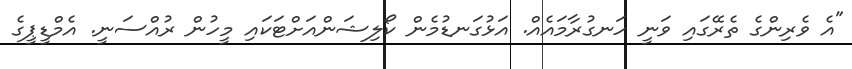
"އެ ވެރިންގެ ތެރޭގައި ވަނީ ހަނގުރާމައެއް. އަޅުގަނޑުމެން ކޯލިޝަންއަށްޓަކައި މީހުން ރުއްސަނީ. އެމްޑީޕީގެ